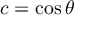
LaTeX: c = \cos \theta